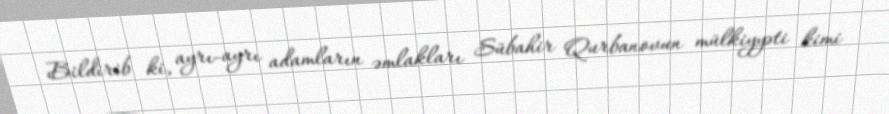
Bildirib ki, ayrı-ayrı adamların əmlakları Sübahir Qurbanovun mülkiyyəti kimi